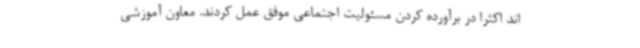
اند اکثرا در برآورده کردن مسئولیت اجتماعی موفق عمل کردند. معاون آموزشی